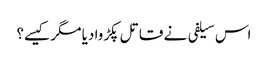
اس سیلفی نے قاتل پکڑوا دیا مگر کیسے؟